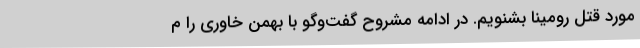
مورد قتل رومینا بشنویم. در ادامه مشروح گفت‌وگو با بهمن خاوری را م